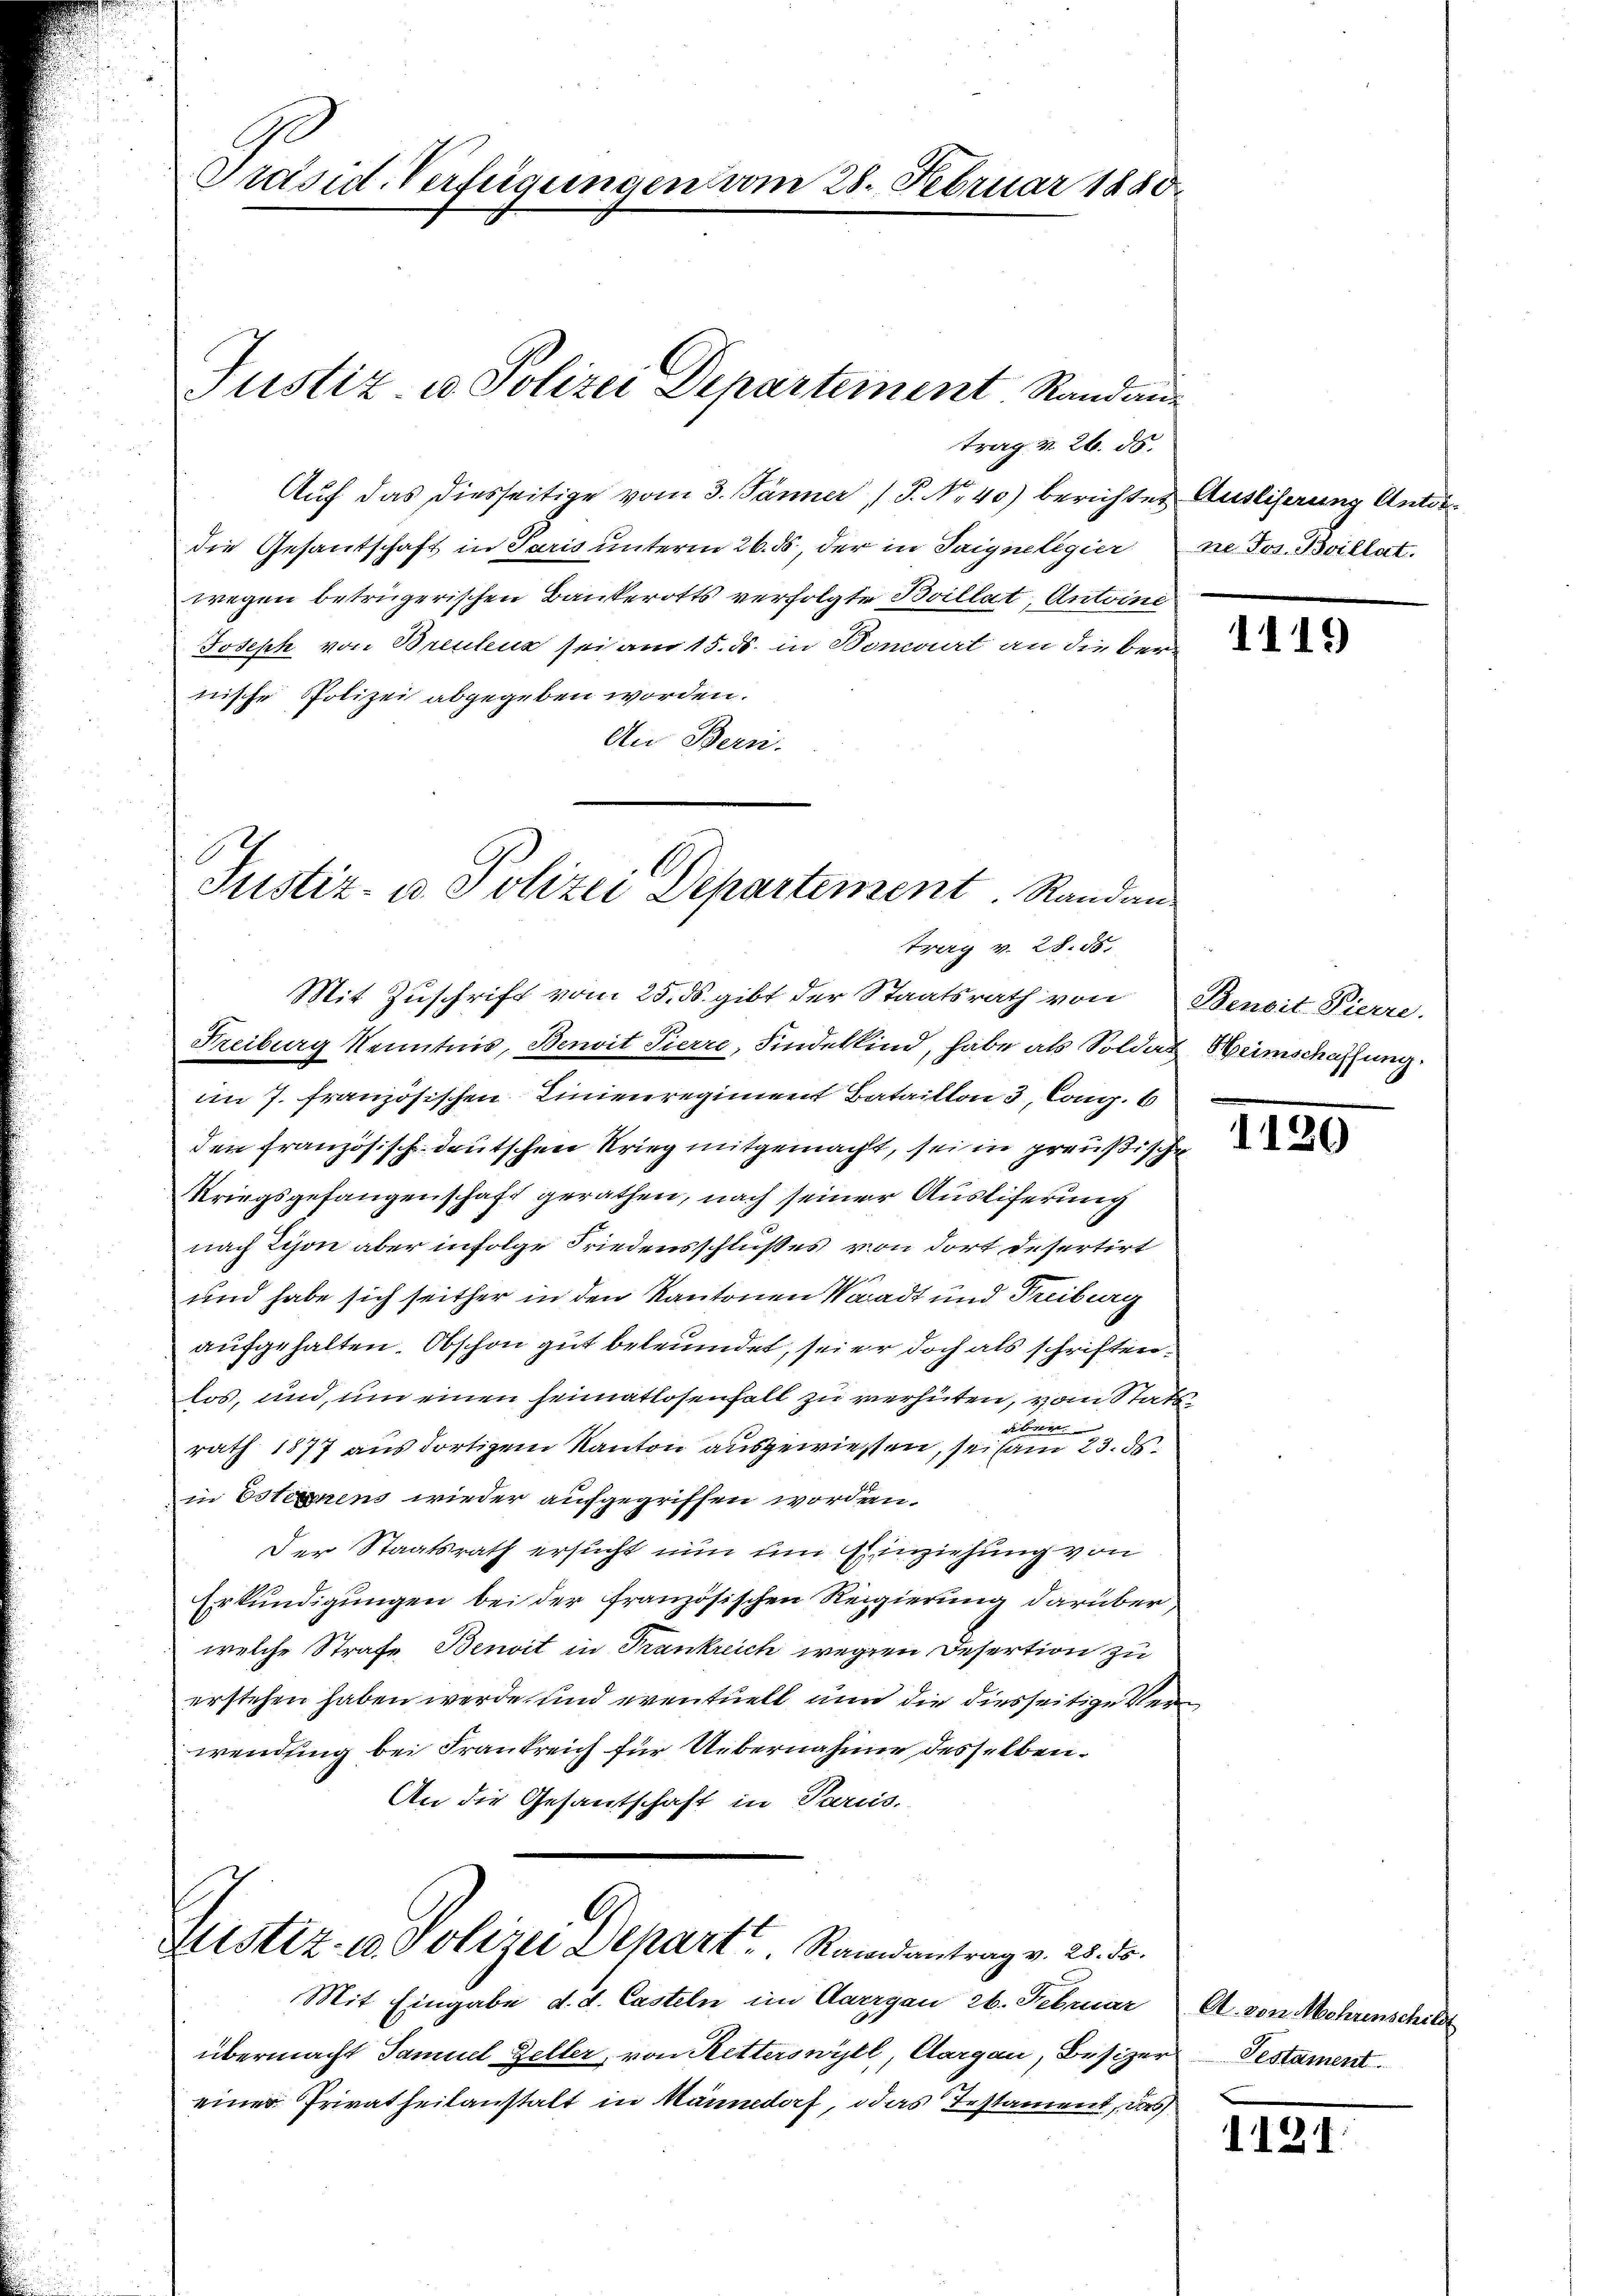
Präsid. Verfügungen vom 28. Februar 1880

trag v. 26. ds.
Auf das diesseitige vom 3. Jänner P. Nr. 40) berichter Ausliserung Antondie Gesantschaft in Paris unterm 26. ds, der in Saignelegier ne Jos. Brillat.
wegen betrügerischen Bankerotts verfolgte Brillat, Antoine
Joseph von Breulenz sei am 15. ds. in Bomant an die bernische Polizei abgegeben worden.
An Bern.

Justiz u. Polizei Departement. Randaue

Justiz- u Polizei Departement. Randan

Mit Zuschrift vom 25. ds. gibt der Staatsrath von Benoit Pierre
Freiburg Kenntnis, Benoit Pierre, Findelkind, habe als Soldat Heimschaffung
im J. französischen Linienregiment Bataillon 3, Cong. 6
den Französisch-deutschen Krieg mitgemacht, sei in preußische
Kriegsgefangenschaft gerathen, nach seiner Auslieferung
nach Schon aber infolge Friedensschlußes von dort desertirt
und habe sich seither in den Kantonen Waadt und Freiburg
aufgehalten. Obschon gut beleumdet, seier doch als schriften.
los, und, um einen Heimatlosenfall zu verhüten, vom Statssibier
rath 1877 aus dortigem Kanton ausgewiessen, sei am 23. ds.
in Esternens wieder aufgegriffen worden.
Der Staatsrath ersucht nun um Einziehung von
Erkundigungen bei der französischen Regierung darüber
welche Strafe Benoit in Frankreich wegen Desertion zu
erstehen haben werde und eventuell nun die diesseitige Verwendung bei Frankreich für Uebernahme desselben.
An die Gesantschaft in Parus
Sistiz- u. Polizei Dehart. Randantrag v. 28. ds.
Mit Eingabe d. d. Casteln im Aargau 26. Februar A. von Mehrenschild
übermacht Samuel Geller, von Retterswyll, Aargau, Besizer Testament.
einer Privatheitanstalt in Männedorf, das Instament, das

Trerg v. 28. 58.

c

1119

1180

x

1121